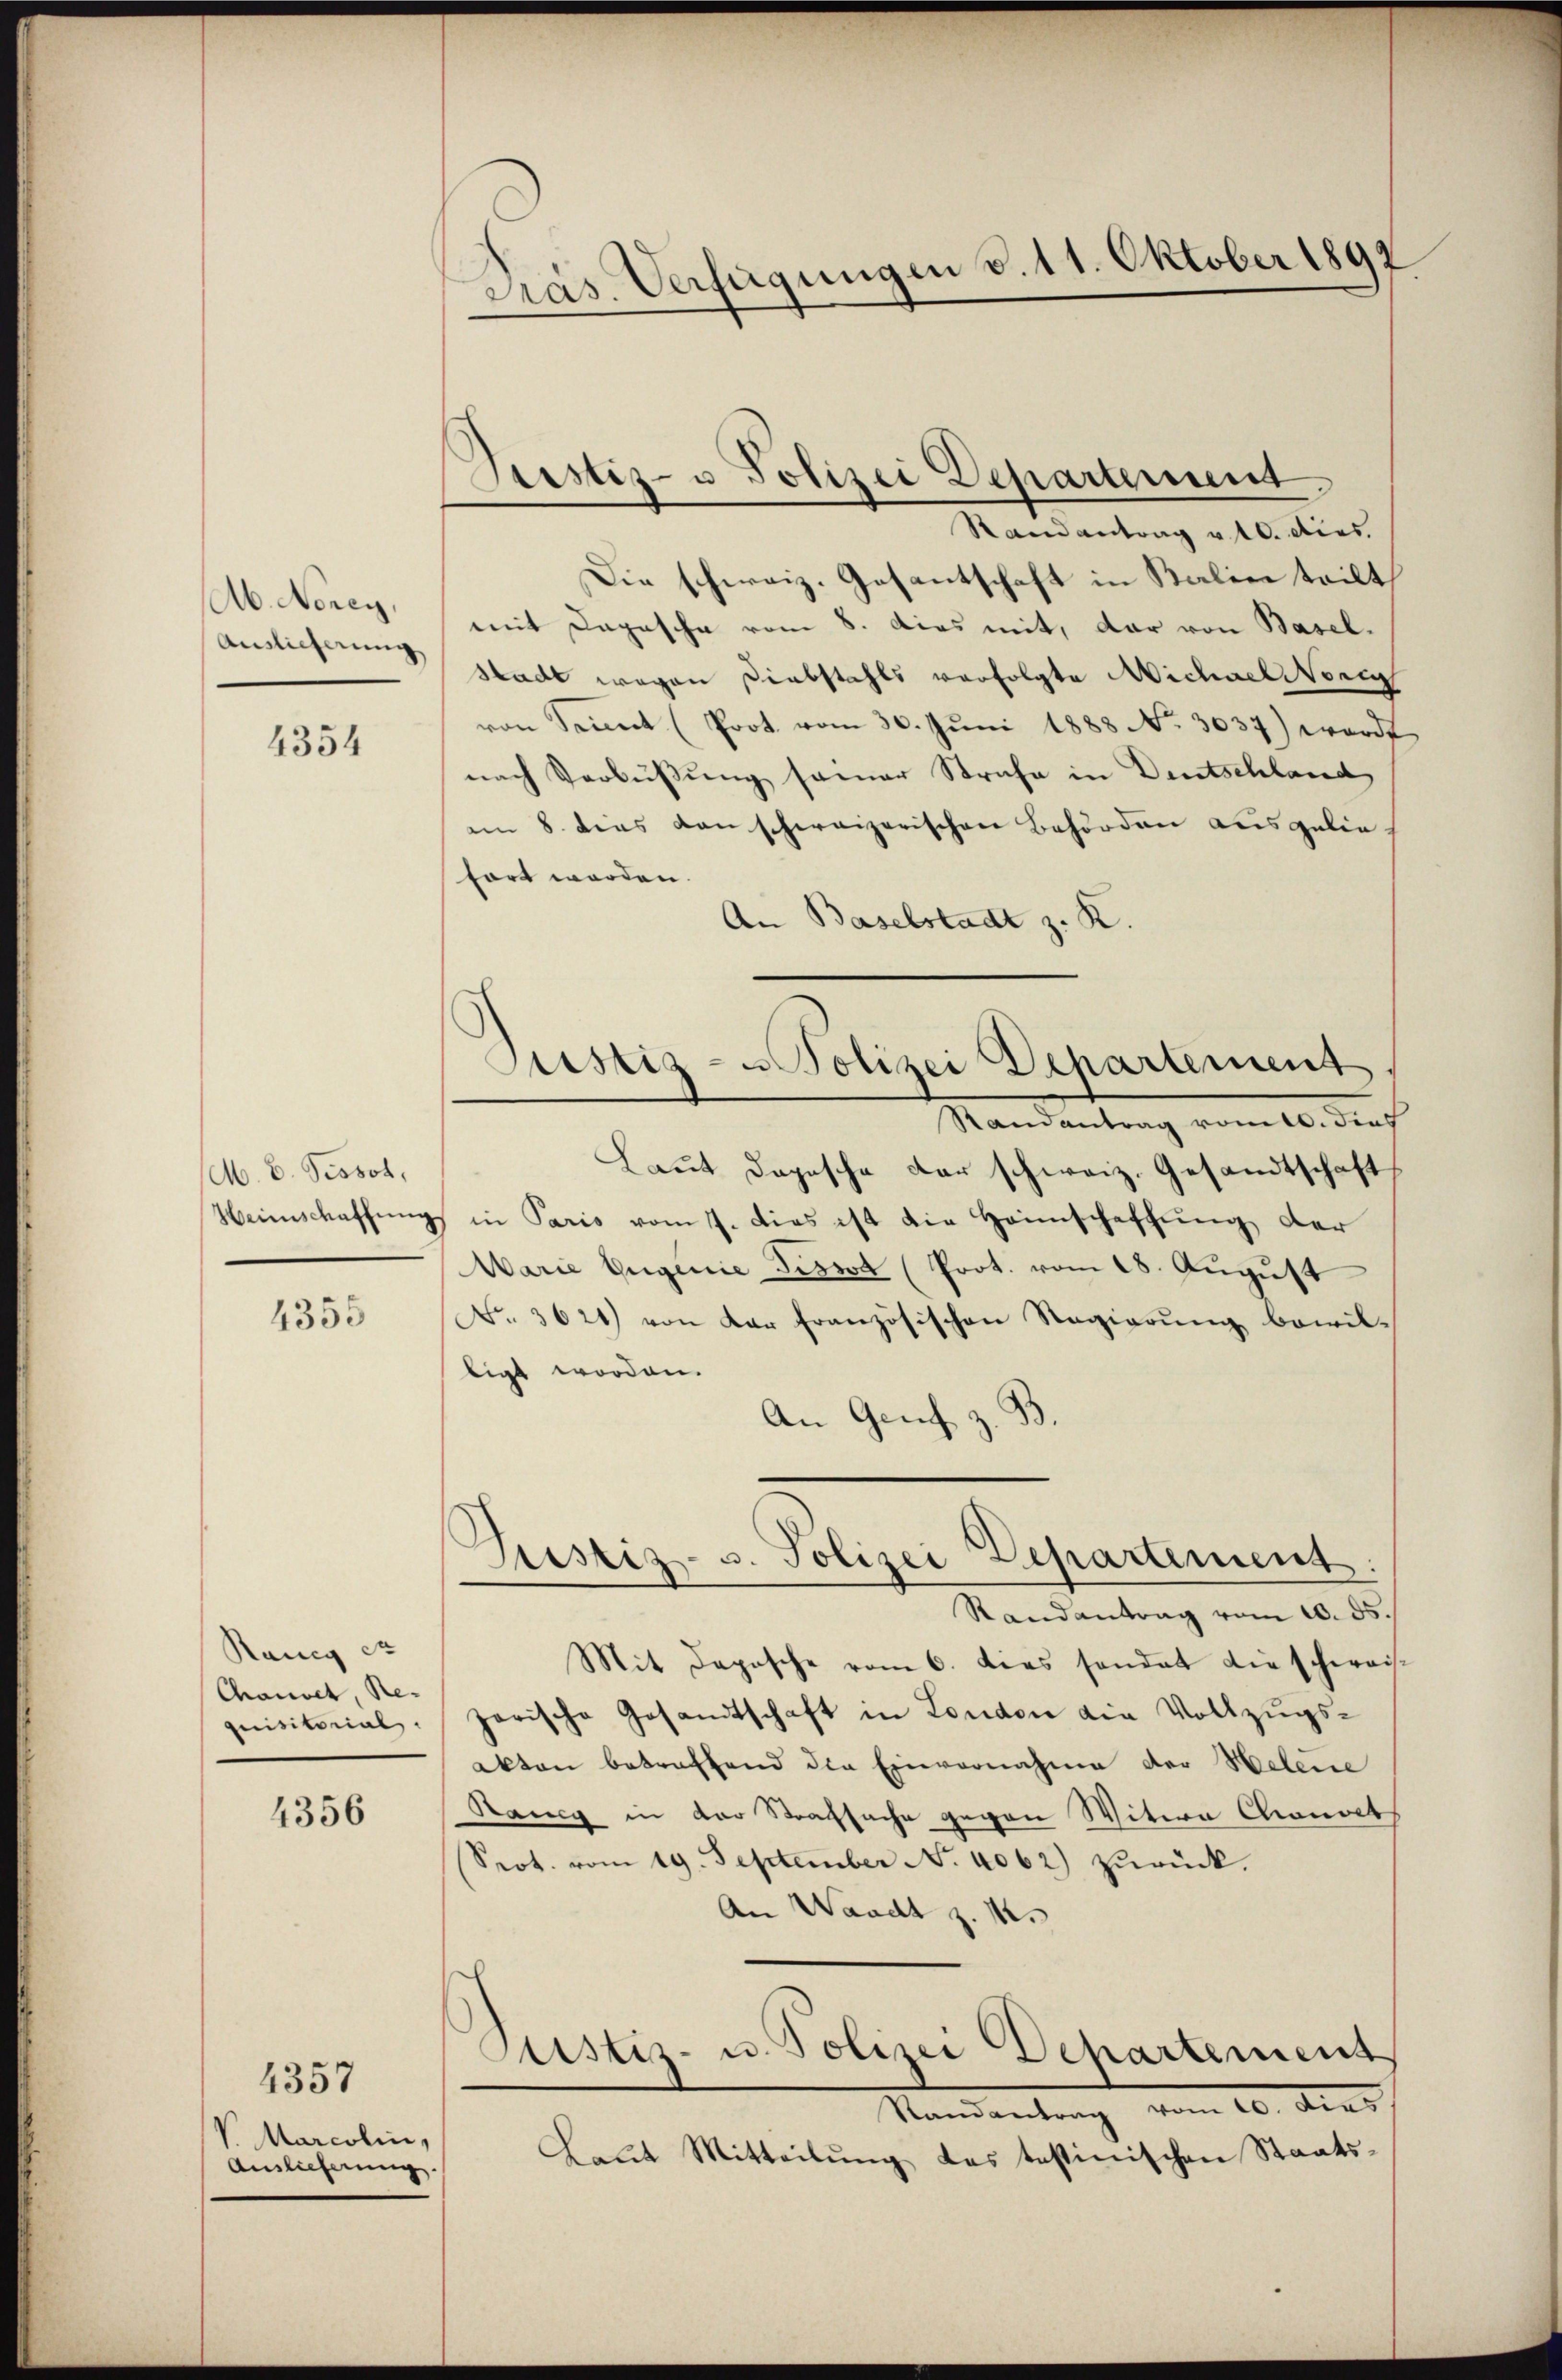
Ab. Nerey,
Auslieferung

4354

M. E. Pissot,
Weinschaffung

4355

Ranig er
Chauset, Re-
quisitorial.

4356

V. Marcolin,
Auslieferung.

4357

Präs. Verfügungen v. 11. Oktober 1892

Justiz- u Polizei Departement

Randantrag u. 10. dies
Die schweiz. Gesantschaft in Saline teilt
mit Dapasche vom 8. dies mit, dar von Baselstadt wegen Diabstahls verfolgte Michael wenig
von Seit (Prot. vom 30. Jŭni 1888 No. 3037) wardt
nach Verbüßung seiner Strafe in Deutschland
am 8. dies dan schweizerischen Behörden ausgelie-
fort worden.
An Baselstadt z. K.
Randantrag vom 10. dies
Laut Depesche der schweiz. Gesandtschaft
in Paris vom 7. dies ist die Heimschaffung der
Marie Eugenie Tissot (Prot. vom 18. August
No. 3621) von der französischen Regierŭng bewil-
ligt worden.
An Genf z. B
Justiz- u. Polizei Departement
Randantrag vom 10. ds
Mit Daposche vom 6. dies sandat die schwei-
zerische Gesandtschaft in London die Vollzugs-
akten betreffend die Einvernahme der Helene
Rang in der Strafsache gegen Witern Monat
Srot. vom 19. September No. 4062) zŭrück.
An Waadt z. B.
Justiz- u. Polizei Departement
Mandantung vom 10. ders
Laut Mitteilŭng des testinischen Staats¬

Justiz- u Polizei Departement